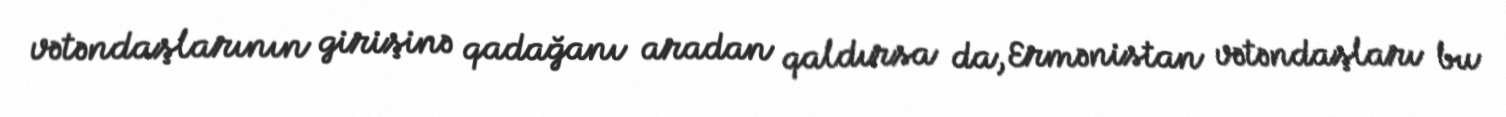
vətəndaşlarının girişinə qadağanı aradan qaldırsa da, Ermənistan vətəndaşları bu